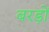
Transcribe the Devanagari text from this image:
बरड़ों